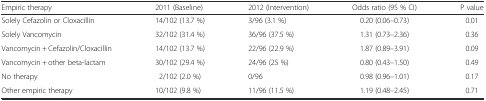
<table><thead><tr><td><b>Empiric therapy</b></td><td><b>2011 (Baseline)</b></td><td><b>2012 (Intervention)</b></td><td><b>Odds ratio (95 % CI)</b></td><td><b>P value</b></td></tr></thead><tbody><tr><td>Solely Cefazolin or Cloxacillin</td><td>14/102 (13.7 %)</td><td>3/96 (3.1 %)</td><td>0.20 (0.06–0.73)</td><td>0.01</td></tr><tr><td>Solely Vancomycin</td><td>32/102 (31.4 %)</td><td>36/96 (37.5 %)</td><td>1.31 (0.73–2.36)</td><td>0.36</td></tr><tr><td>Vancomycin + Cefazolin/Cloxacillin</td><td>14/102 (13.7 %)</td><td>22/96 (22.9 %)</td><td>1.87 (0.89–3.91)</td><td>0.09</td></tr><tr><td>Vancomycin + other beta-lactam</td><td>30/102 (29.4 %)</td><td>24/96 (25 %)</td><td>0.80 (0.43–1.50)</td><td>0.49</td></tr><tr><td>No therapy</td><td>2/102 (2.0 %)</td><td>0/96</td><td>0.98 (0.96–1.01)</td><td>0.17</td></tr><tr><td>Other empiric therapy</td><td>10/102 (9.8 %)</td><td>11/96 (11.5 %)</td><td>1.19 (0.48–2.45)</td><td>0.71</td></tr></tbody></table>